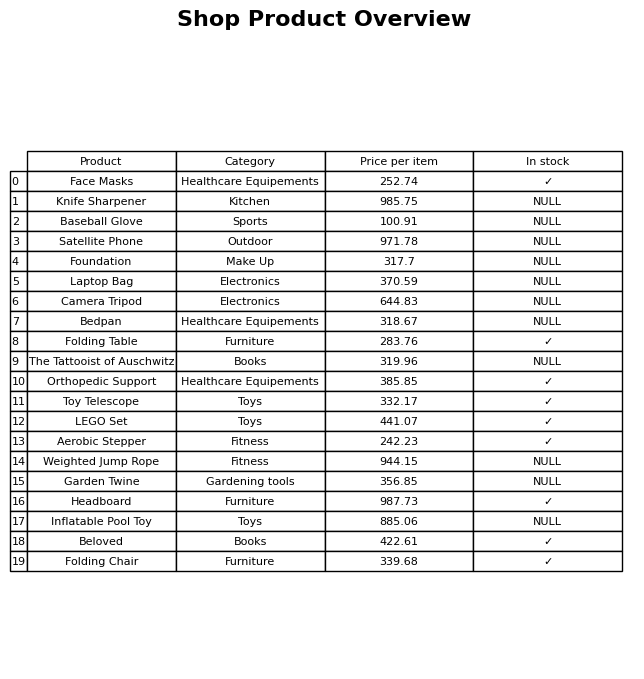
question: What is the price of the Headboard?
answer: The price of Headboard is 987.73.